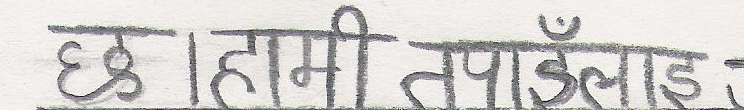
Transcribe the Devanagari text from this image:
छ। हामी तपाइँलाइ इ